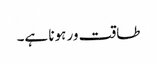
طاقت ور ہونا ہے۔